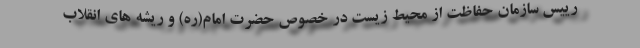
رییس سازمان حفاظت از محیط زیست در خصوص حضرت امام(ره) و ریشه های انقلاب